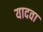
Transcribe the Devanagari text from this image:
यादवा